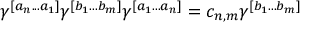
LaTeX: \gamma ^ { [ a _ { n } . . . a _ { 1 } ] } \gamma ^ { [ b _ { 1 } . . . b _ { m } ] } \gamma ^ { [ a _ { 1 } . . . a _ { n } ] } = c _ { n , m } \gamma ^ { [ b _ { 1 } . . . b _ { m } ] }